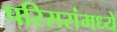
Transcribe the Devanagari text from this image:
परिसरांमध्ये